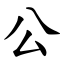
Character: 公